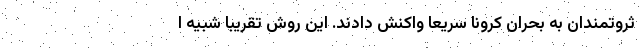
ثروتمندان به بحران کرونا سریعا واکنش دادند. این روش تقریبا شبیه ا